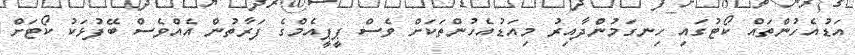
އަޑުއެހުންތައް ކޯޓުގައި ހިނގަމުންދާއިރު މިއަޑުއެހުންތަކަށް ވެސް ޕީޕީއެމްގެ ފަރާތުން އެއްވެސް ބޭފުޅަކު ކޯޓަށް